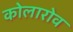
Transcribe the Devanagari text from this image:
कोलारोव